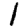
Digit: 1